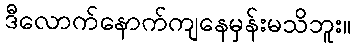
ဒီလောက်နောက်ကျနေမှန်းမသိဘူး။